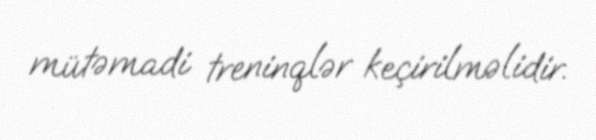
mütəmadi treninqlər keçirilməlidir.